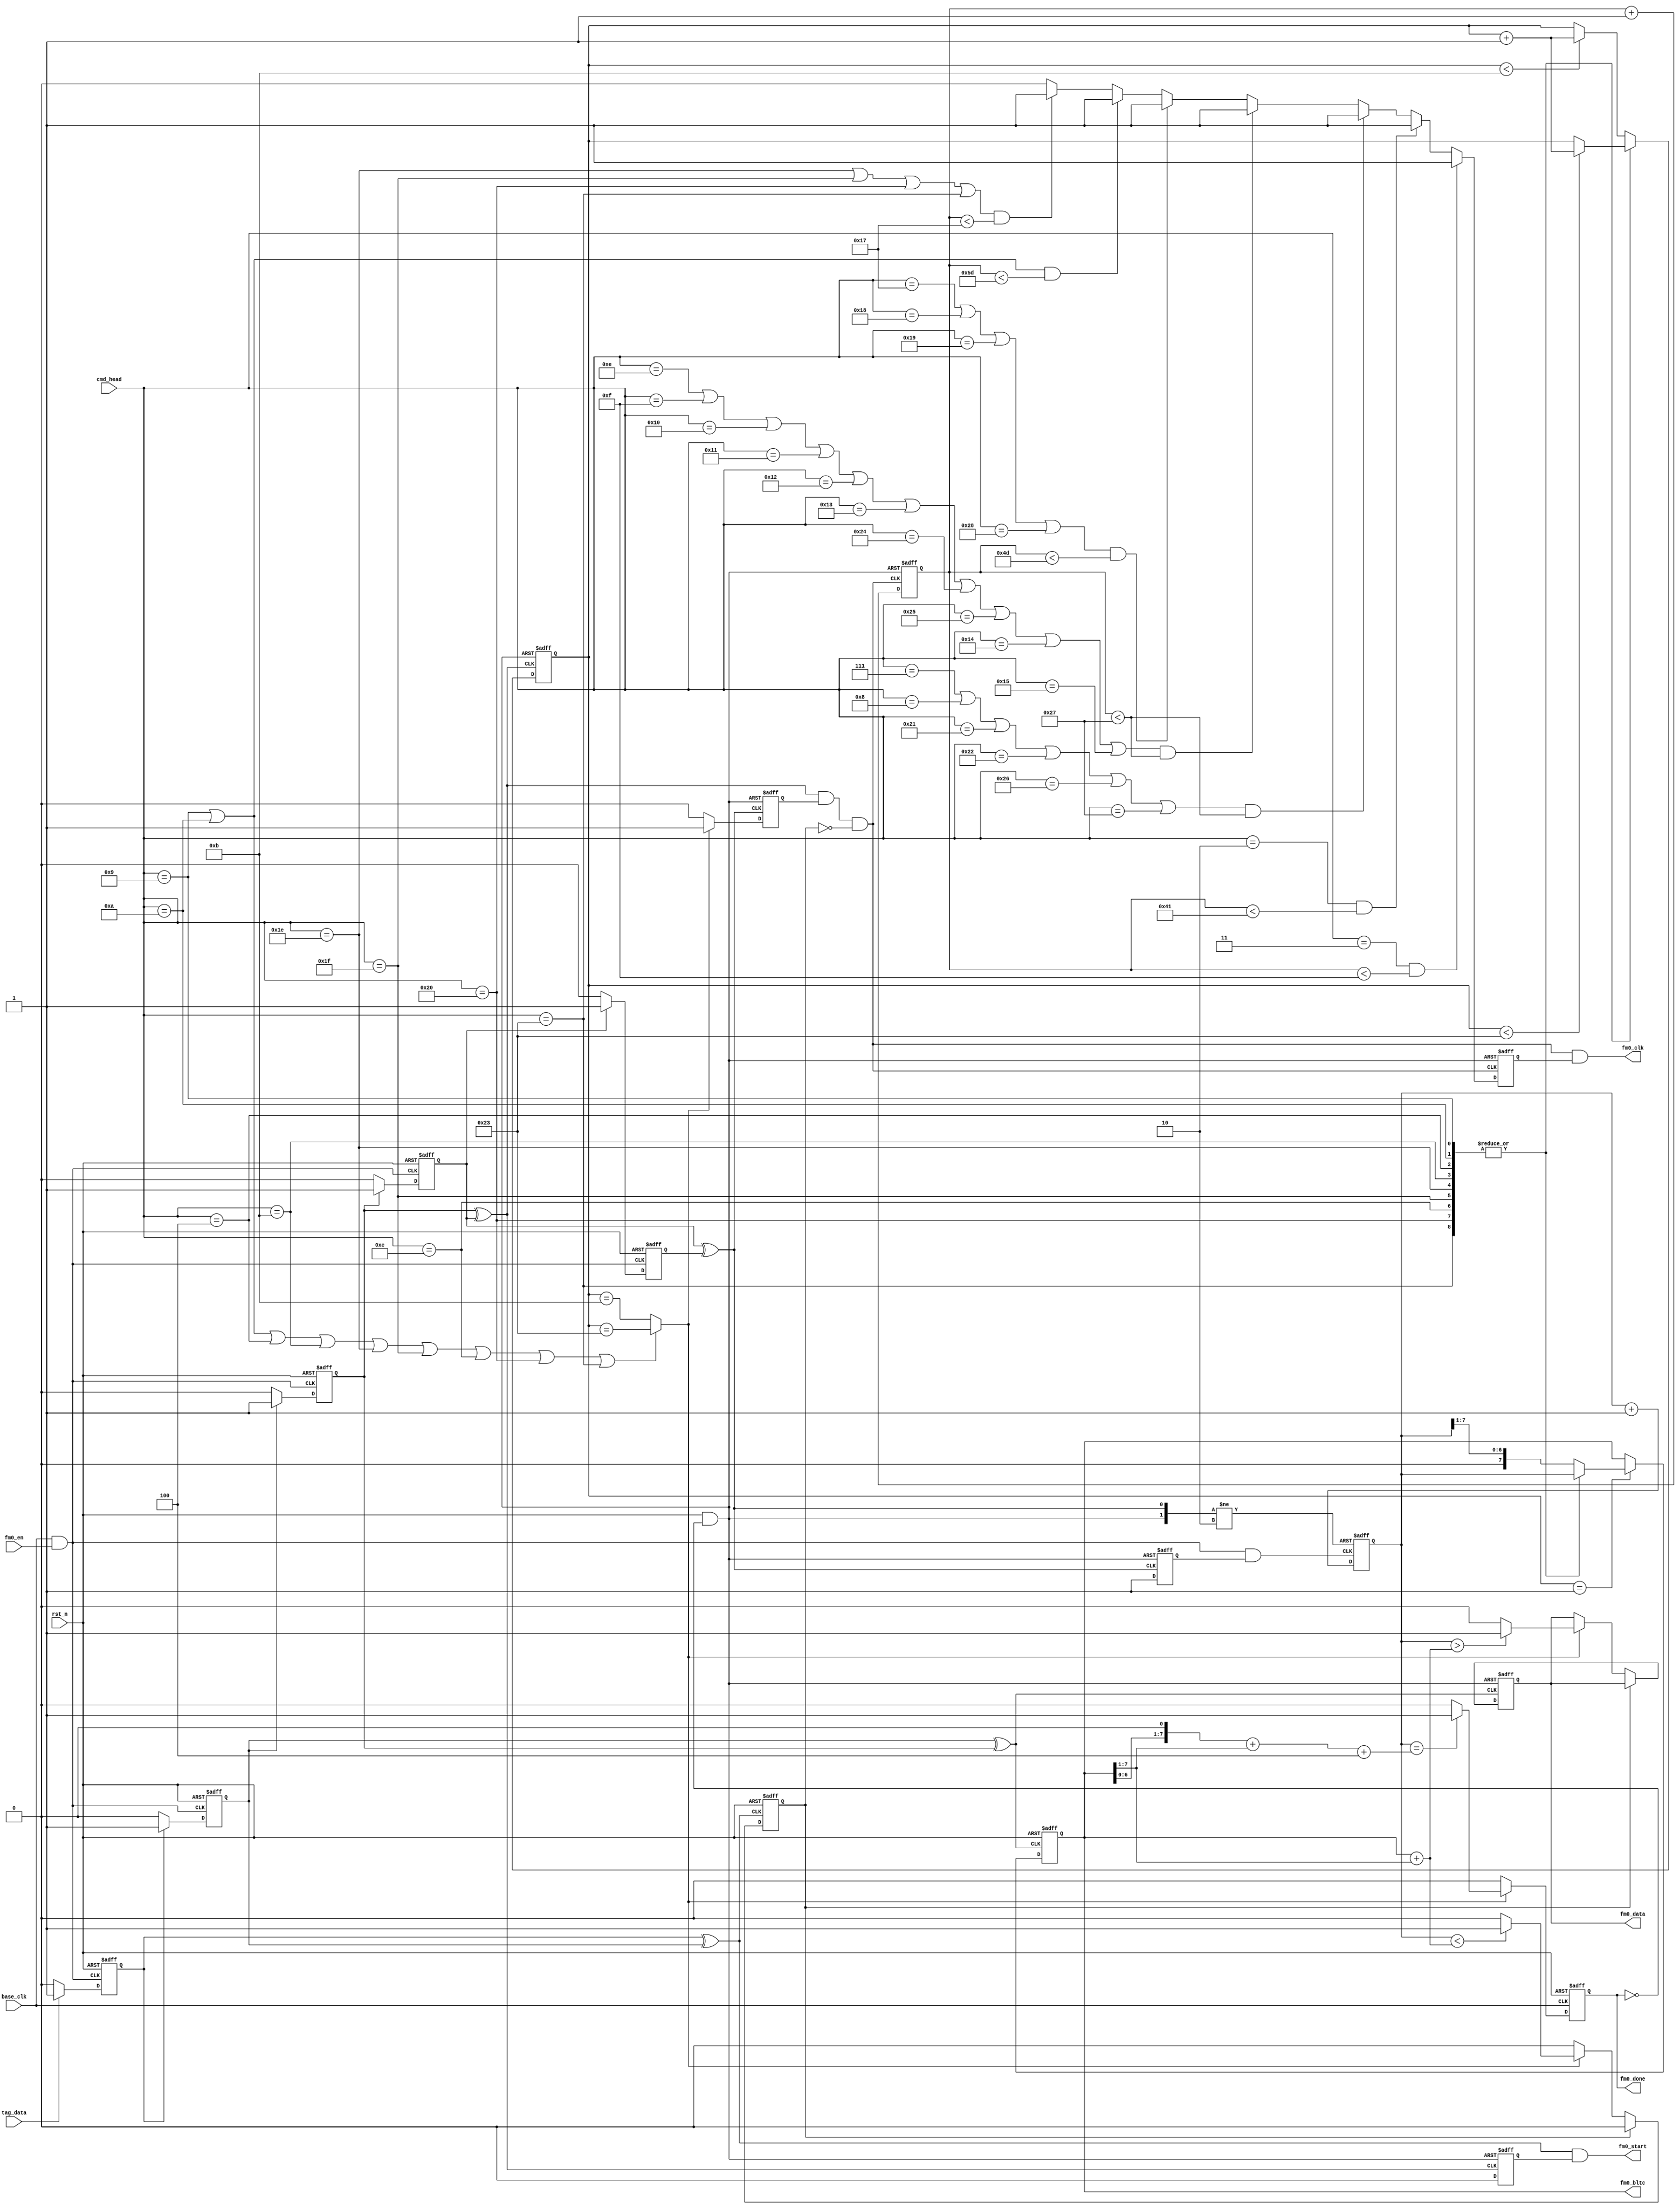
`timescale 1ns/1ns
`define UDLY #0

module DECODER_FM0(
                //inputs
                base_clk,
                rst_n,                
                tag_data,
                fm0_en,
                cmd_head,
                
                //outputs
                //rd_crc,
                fm0_data,
                fm0_clk,
                fm0_bltc,
                fm0_start,
                //tag_data_buffer,
                fm0_done
            );
            
    //parameters
    parameter MAX_CNT_0=6'd11;       
    parameter MAX_CNT_1=6'd35; 
    //inputs
    input            base_clk;
    input            rst_n;
    input            tag_data;
    input            fm0_en;
    input  [5:0]     cmd_head;
                
    //outputs
    output           fm0_data;
    output           fm0_clk;
    output [7:0]     fm0_bltc;
    output           fm0_start;
    output           fm0_done;
    //output [93:0]    tag_data_buffer;
    
    //output [15:0]    rd_crc; 
    //regs
    reg              fm0_data;
    reg              fm0_done;
    // reg    [93:0]   tag_data_buffer;
    ////////
    reg              bl_buf_a;
    reg              bl_buf_b;
    reg              bl_buf_c;
    reg              bl_buf_d;
    reg              bl_buf_e;
    reg              cnt_en;
    reg    [5:0]     data_cnt;
    reg    [7:0]     level_cnt;
    reg              zero_flg;
    reg              fm0_clk_en;
    reg              fm0_clk_en2;
    reg    [6:0]     fm0_clk_cnt;
    reg    [7:0]     half_tpri;
    reg              start_ctrl;
    
    //wires
    wire             dec_clk;
    wire             cnt_clk;
    wire             fm0_start;
    wire             valid_data;
    wire             fst_pulse;
    wire             sec_pulse;
    wire             thd_pulse;
    wire             rst_pulse;    
    wire             fm0_clk;
    wire             fm0_clk1;
    wire             rst_done;
    wire   [7:0]     pivot;
    wire   [7:0]     HATPRI_2_5;   
    
    assign dec_clk=base_clk&fm0_en;
    
    assign fm0_bltc=half_tpri;
    
    always @(posedge dec_clk or negedge rst_n)
    begin
       if(!rst_n)
           bl_buf_a<=`UDLY 1'b0;
       else if(tag_data) 
           bl_buf_a<=`UDLY 1'b1;
       else
           bl_buf_a<=`UDLY 1'b0;
    end
    
    always @(negedge dec_clk or negedge rst_n)
    begin
       if(!rst_n)
           bl_buf_b<=`UDLY 1'b0;
       else if(bl_buf_a) 
           bl_buf_b<=`UDLY 1'b1;
       else
           bl_buf_b<=`UDLY 1'b0;
    end
    
    always @(posedge dec_clk or negedge rst_n)
    begin
       if(!rst_n)
           bl_buf_c<=`UDLY 1'b0;
       else if(bl_buf_b) 
           bl_buf_c<=`UDLY 1'b1;
       else
           bl_buf_c<=`UDLY 1'b0;
    end
    
    always @(negedge dec_clk or negedge rst_n)
    begin
       if(!rst_n)
           bl_buf_d<=`UDLY 1'b0;
       else if(bl_buf_c) 
           bl_buf_d<=`UDLY 1'b1;
       else
           bl_buf_d<=`UDLY 1'b0;
    end
    
    always @(posedge dec_clk or negedge rst_n)
    begin
       if(!rst_n)
           bl_buf_e<=`UDLY 1'b0;
       else if(bl_buf_d) 
           bl_buf_e<=`UDLY 1'b1;
       else
           bl_buf_e<=`UDLY 1'b0;
    end
    
    assign fst_pulse=bl_buf_a^bl_buf_b;
    assign sec_pulse=bl_buf_b^bl_buf_c;
    assign thd_pulse=bl_buf_c^bl_buf_d;
    assign rst_pulse=bl_buf_d^bl_buf_e;

    assign rst_done=rst_n&~fm0_done;
    assign cnt_clk=dec_clk&cnt_en;
    
    always @(posedge rst_pulse or negedge rst_done)
    begin
        if(!rst_done)
            cnt_en<=`UDLY 1'b0;
        else
            cnt_en<=`UDLY 1'b1;
    end
    
    always @(posedge cnt_clk or posedge rst_pulse or negedge rst_done)
    begin
        if(!rst_done)
            level_cnt<=`UDLY 8'd2;
        else if(rst_pulse)
            level_cnt<=`UDLY 8'd2;
        else
            level_cnt<=`UDLY level_cnt+1'b1;
    end
    
//    always @(posedge sec_pulse or negedge rst_n)
//    begin
//        if(!rst_n)
//            half_tpri<=`UDLY 8'd0;
//        else if(data_cnt==6'd1)
//            half_tpri<=`UDLY {1'b0,level_cnt[7:1]};//level_cnt[7:0]
//        else
//            half_tpri<=`UDLY half_tpri;
//    end

    always @(posedge sec_pulse or negedge rst_n)
    begin
        if(!rst_n)
            half_tpri<=`UDLY 8'd100;
        else if(data_cnt==4'd1)
            case(cmd_head)
            6'd9,
            6'd10,
            6'd4,
            6'd11,
            6'd30,
            6'd31,
            6'd32,
            6'd35,
            6'd12:
                half_tpri<=`UDLY level_cnt[7:0];
            default:
                half_tpri<=`UDLY {1'b0,level_cnt[7:1]};
            endcase
        else
            half_tpri<=`UDLY half_tpri;
    end


    assign pivot=half_tpri+{1'b0,half_tpri[7:1]};
    assign HATPRI_2_5={half_tpri[6:0],1'b0}+{1'b0,half_tpri[7:1]}+4;
    
    always @(posedge thd_pulse or negedge rst_done)
    begin
        if(!rst_done)
            data_cnt<=`UDLY 6'd0;
        else 
            case(cmd_head)
            6'd9,
            6'd10,
            6'd4,
            6'd11,
            6'd30,
            6'd31,
            6'd32,
            6'd35,
            6'd12:
                if(data_cnt<MAX_CNT_1)
                    data_cnt<=`UDLY data_cnt+1'b1;
                else
                    data_cnt<=`UDLY data_cnt;
            default:
                if(data_cnt<MAX_CNT_0)
                    data_cnt<=`UDLY data_cnt+1'b1;
                else
                    data_cnt<=`UDLY data_cnt;
            endcase
    end
    
    assign valid_data=(cmd_head==6'd9||cmd_head==6'd10||cmd_head==6'd4||cmd_head==6'd11||cmd_head==6'd30||cmd_head==6'd31||cmd_head==6'd12||cmd_head==6'd32||cmd_head==6'd35)?(data_cnt==MAX_CNT_1):(data_cnt==MAX_CNT_0);
    
    always @(posedge fst_pulse or negedge rst_n)
    begin
        if(!rst_n)
            zero_flg=1'b0;
        else if(zero_flg)
            zero_flg=1'b0;
        else if(valid_data)
            if(level_cnt<pivot)
                zero_flg=1'b1;
            else
                zero_flg=1'b0;            
        else
            zero_flg=1'b0;            
    end
    
    always @(posedge sec_pulse or negedge rst_done)
    begin
        if(!rst_done)
            fm0_data<=`UDLY 1'b0;
        else if(zero_flg)
            fm0_data<=`UDLY fm0_data;
        else if(valid_data)
            if(level_cnt>pivot)
                fm0_data<=`UDLY 1'b1;
            else
                fm0_data<=`UDLY 1'b0;
        else
            fm0_data<=`UDLY fm0_data;
    end
    
  //****************************************************************
        
    // always @(posedge fst_pulse or negedge rst_done)
    // begin
        // if(!rst_done)
            // tag_data_buffer<=`UDLY 94'b0;
        // else if(zero_flg)
            // tag_data_buffer<=`UDLY tag_data_buffer;
        // else if(valid_data)
            // tag_data_buffer<=`UDLY {tag_data_buffer[92:0],fm0_data};
        // else
            // tag_data_buffer<=`UDLY tag_data_buffer;
    // end
    
 //*********************************************************************************   
 
    always @(posedge rst_pulse or negedge rst_done)
    begin
        if(!rst_done)
            fm0_clk_en<=`UDLY 1'b0;
        else if(valid_data)
            fm0_clk_en<=`UDLY 1'b1;
        else
            fm0_clk_en<=`UDLY 1'b0;
    end

    assign fm0_clk1=thd_pulse&fm0_clk_en&~zero_flg;
    assign fm0_clk=fm0_clk1&fm0_clk_en2;
    
    always @(posedge fm0_clk1 or negedge rst_done)
    begin
    	  if(!rst_done)
    	      fm0_clk_cnt<=`UDLY 7'd0;
    	  else 
    	      fm0_clk_cnt<=`UDLY fm0_clk_cnt+1'b1;
    end
    
    always @(posedge fm0_clk1 or negedge rst_done)
    begin
    	  if(!rst_done)
    	      fm0_clk_en2<=`UDLY 1'b0;
    	  else if(cmd_head==6'd3&&fm0_clk_cnt<7'd15)
    	      fm0_clk_en2<=`UDLY 1'b1;
    	  else if(cmd_head==6'd2&&fm0_clk_cnt<7'd65)
    	      fm0_clk_en2<=`UDLY 1'b1;
    	  else if((cmd_head==6'd7||cmd_head==6'd8||
    	           cmd_head==6'd33||cmd_head==6'd34||
    	           cmd_head==6'd38||cmd_head==6'd39)
    	           &&fm0_clk_cnt<7'd39)
    	      fm0_clk_en2<=`UDLY 1'b1;
    	  else if((cmd_head==6'd14||cmd_head==6'd15||
    	           cmd_head==6'd16||cmd_head==6'd17||
    	           cmd_head==6'd18||cmd_head==6'd19||
    	           cmd_head==6'd36||cmd_head==6'd37||
    	           cmd_head==6'd20||cmd_head==6'd21)
    	           &&fm0_clk_cnt<7'd39)
    	      fm0_clk_en2<=`UDLY 1'b1;
    	  else if((cmd_head==6'd23||cmd_head==6'd24||cmd_head==6'd25||cmd_head==6'd40)&&fm0_clk_cnt<7'd77)
    	      fm0_clk_en2<=`UDLY 1'b1;
    	  else if((cmd_head==6'd9||cmd_head==6'd10)&&fm0_clk_cnt<7'd93)
    	      fm0_clk_en2<=`UDLY 1'b1;
    	  else if((cmd_head==6'd30||cmd_head==6'd31||cmd_head==6'd32||cmd_head==6'd35)&&fm0_clk_cnt<7'd23)
    	      fm0_clk_en2<=`UDLY 1'b1;    
    	  else 
    	      fm0_clk_en2<=`UDLY 1'b0; 
    end	      
    
    
    
    always @(negedge base_clk or negedge rst_n)
    begin
        if(!rst_n)
            fm0_done<=`UDLY 1'b0;            
        else if(valid_data)
            if(level_cnt==HATPRI_2_5)
                fm0_done<=`UDLY 1'b1;
            else
                fm0_done<=`UDLY 1'b0;
        else
            fm0_done<=`UDLY 1'b0;
    end
    
    always @(posedge thd_pulse or negedge rst_done)
    begin
        if(!rst_done)
            start_ctrl<=`UDLY 1'b1;
        else
            start_ctrl<=`UDLY 1'b0;
    end
    
    assign fm0_start=fst_pulse&start_ctrl;
    
endmodule